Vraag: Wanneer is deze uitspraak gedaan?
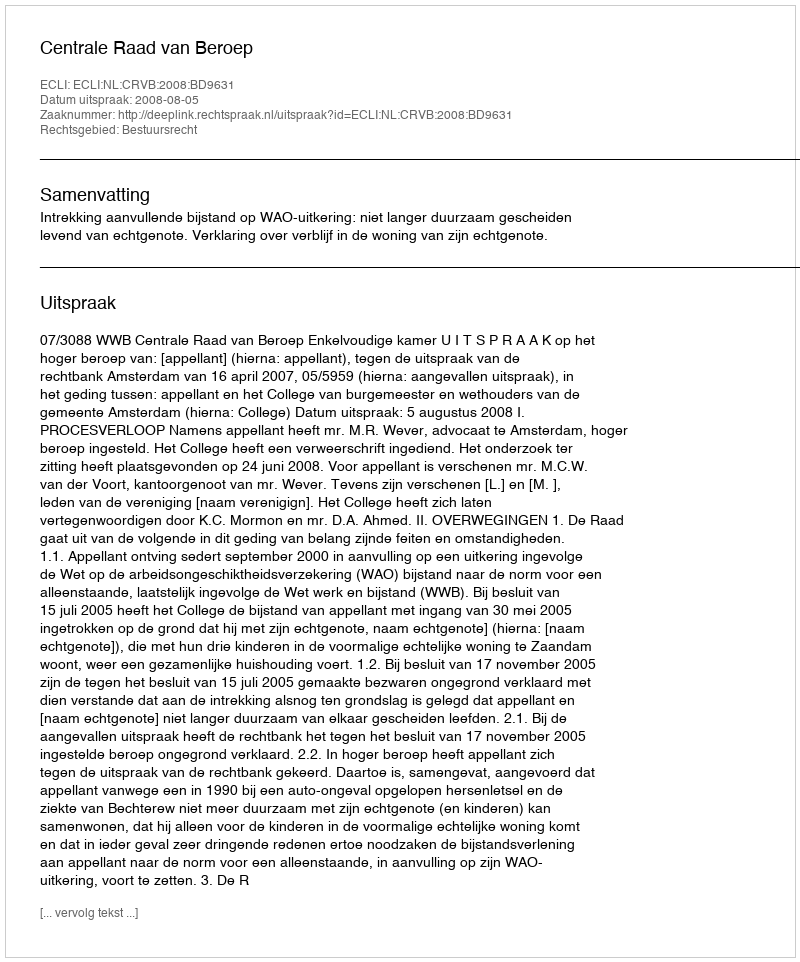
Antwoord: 2008-08-05